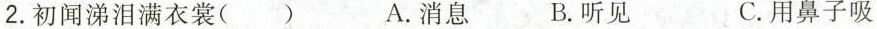
2.初闻涕泪满衣裳( ) A.消息 B.听见 C.用鼻子吸